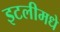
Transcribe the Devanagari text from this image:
इटलीमधे